Mental hospitals Bombay report 1929-33 - 1929-1933
Year: 1929
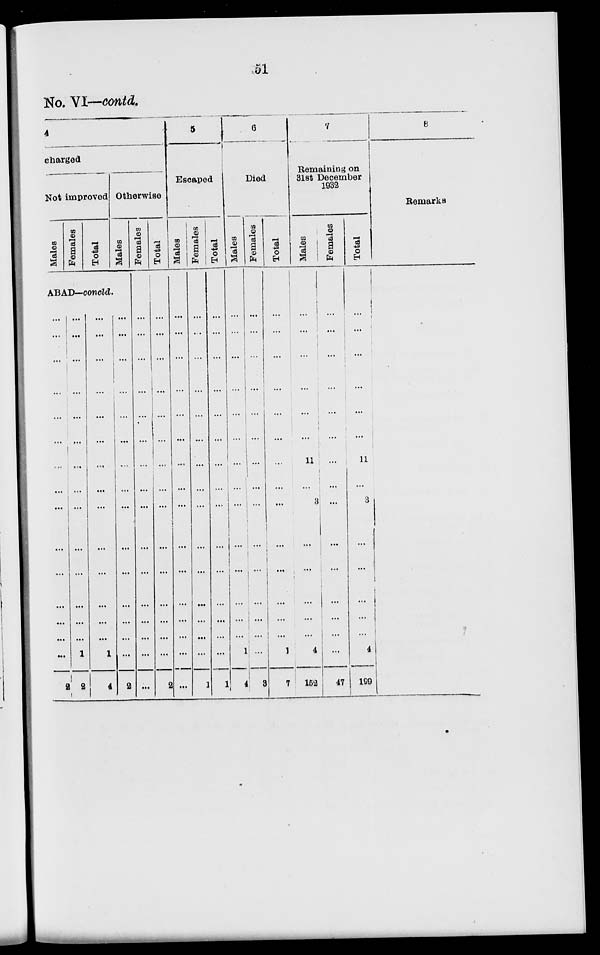
51
No. VI—contd.
4
charged
Not improved
Males
Females
Total
Otherwise
Males
ABAD—concld.
...
...
...
...
...
...
...
...
...
...
...
...
...
...
...
2
...
...
...
...
...
...
...
...
...
...
...
...
...
...
1
2
...
...
...
...
...
...
...
...
...
...
...
...
...
...
1
4
...
...
...
...
...
...
...
...
...
...
...
...
...
...
...
2
Females
...
...
...
...
...
...
...
...
...
...
...
...
...
...
...
...
Total
...
...
...
...
...
...
...
...
...
...
...
...
...
...
...
2
5
Escaped
Males
...
...
...
...
...
...
...
...
...
...
...
...
...
...
...
...
Females
...
...
...
...
...
...
...
...
...
...
...
...
...
...
...
1
Total
...
...
...
...
...
...
...
...
...
...
...
...
...
...
...
1
6
Died
Males
...
...
...
...
...
...
...
...
...
...
...
...
...
...
1
4
Females
...
...
...
...
...
...
...
...
...
...
...
...
...
...
...
3
Total
...
...
...
...
...
...
...
...
...
...
...
...
...
...
1
7
7
Remaining on
31st December
1932
Males
...
...
...
...
...
...
11
...
3
...
...
...
...
...
4
152
Females
...
...
...
...
...
...
...
...
...
...
...
...
...
...
...
47
Total
...
...
...
...
...
...
11
...
3
...
...
...
...
...
4
199
8
Remarks